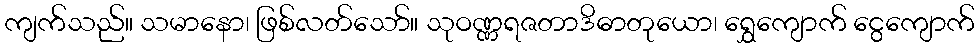
ကျက်သည်။ သမာနော၊ ဖြစ်လတ်သော်။ သုဝဏ္ဏရဇတာဒိဓာတုယော၊ ရွှေကျောက် ငွေကျောက်